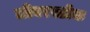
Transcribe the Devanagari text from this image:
लीबरस्टॉक